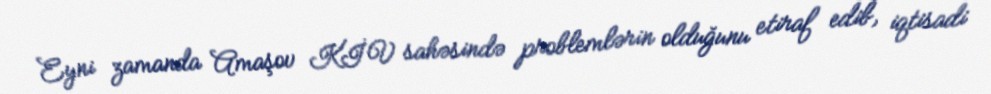
Eyni zamanda Amaşov KİV sahəsində problemlərin olduğunu etiraf edib, iqtisadi